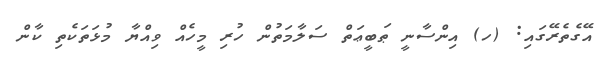
އޭގެތެރޭގައި: (ހ) އިންސާނީ ޠަބީޢަތް ސަލާމަތުން ހުރި މީހެއް ވިއްޔާ މުޅަތަކެތި ކާން